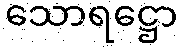
သောရဋ္ဌော